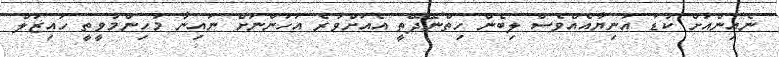
ނެއިންއަށް ކުޑަ އަނިޔާއެއްވެސް ލިބެން ހިތްނޭދޭތީ އެއަށްވުރެ އަހަންނަށް ނައިނާ މުހިންމުވީތީ ހައިޒަލް